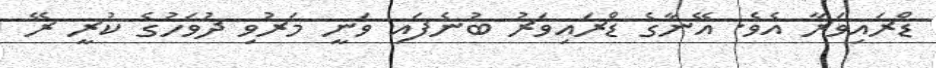
ޑްރައިވަރާ އެވެ. އޭނާގެ ޑްރައިވަރު ބުނެފައި ވަނީ މަރުވި ދުވަހުގެ ކުރީ ރޭ